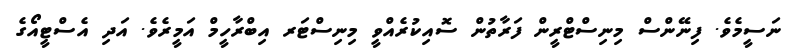
ނަސީމެވެ. ފިނޭންސް މިނިސްޓްރީން ފަރާތުން ސޮއިކުރެއްވީ މިނިސްޓަރ އިބްރާހީމް އަމީރެވެ. އަދި އެސްޓީއޯގެ